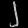
Digit: ၂